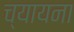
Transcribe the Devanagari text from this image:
च्यायना